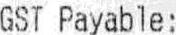
GST PAYABLE :